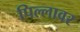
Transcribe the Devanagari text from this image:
पिल्लावर